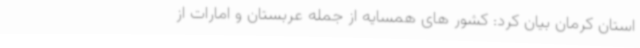
استان کرمان بیان کرد: کشور های همسایه از جمله عربستان و امارات از